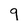
Character: 9